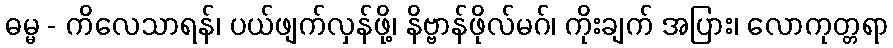
ဓမ္မ - ကိလေသာရန်၊ ပယ်ဖျက်လှန်ဖို့၊ နိဗ္ဗာန်ဖိုလ်မဂ်၊ ကိုးချက် အပြား၊ လောကုတ္တရာ